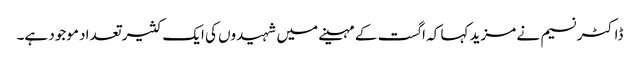
ڈاکٹر نسیم نے مزید کہا کہ اگست کے مہینے میں شہیدوں کی ایک کثیر تعداد موجود ہے۔